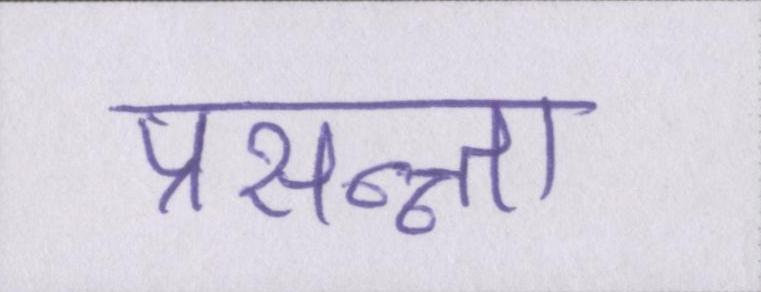
प्रसन्न्ता